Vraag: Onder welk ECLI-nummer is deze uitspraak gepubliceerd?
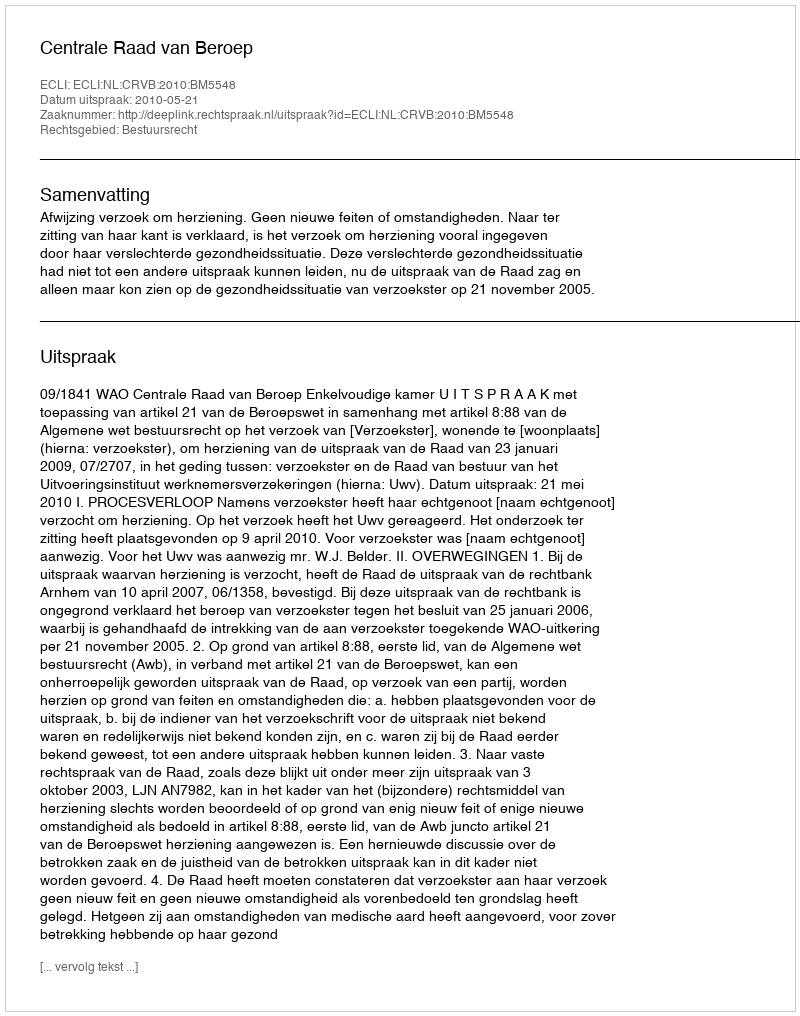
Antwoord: ECLI:NL:CRVB:2010:BM5548